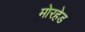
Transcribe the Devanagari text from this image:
मोरहेड